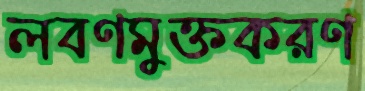
লবণমুক্তকরণ